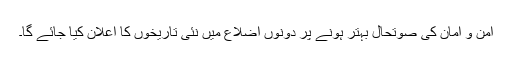
امن و امان کی صوتحال بہتر ہونے پر دونوں اضلاع میں نئی تاریخوں کا اعلان کیا جائے گا۔